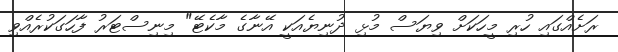
ރަށެއްގައި ހުރި މީހަކަށް ވިޔަސް މުޅި ދުނިޔެއަކީ އޭނާގެ މާކެޓޭ" މިނިސްޓަރު ފާހަގަކުރެއްވި